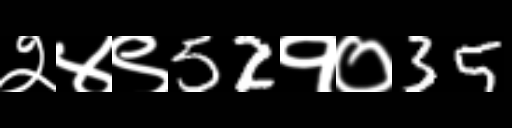
Text: २४९52१०35